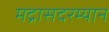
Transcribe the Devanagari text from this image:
मद्रासदरम्यान